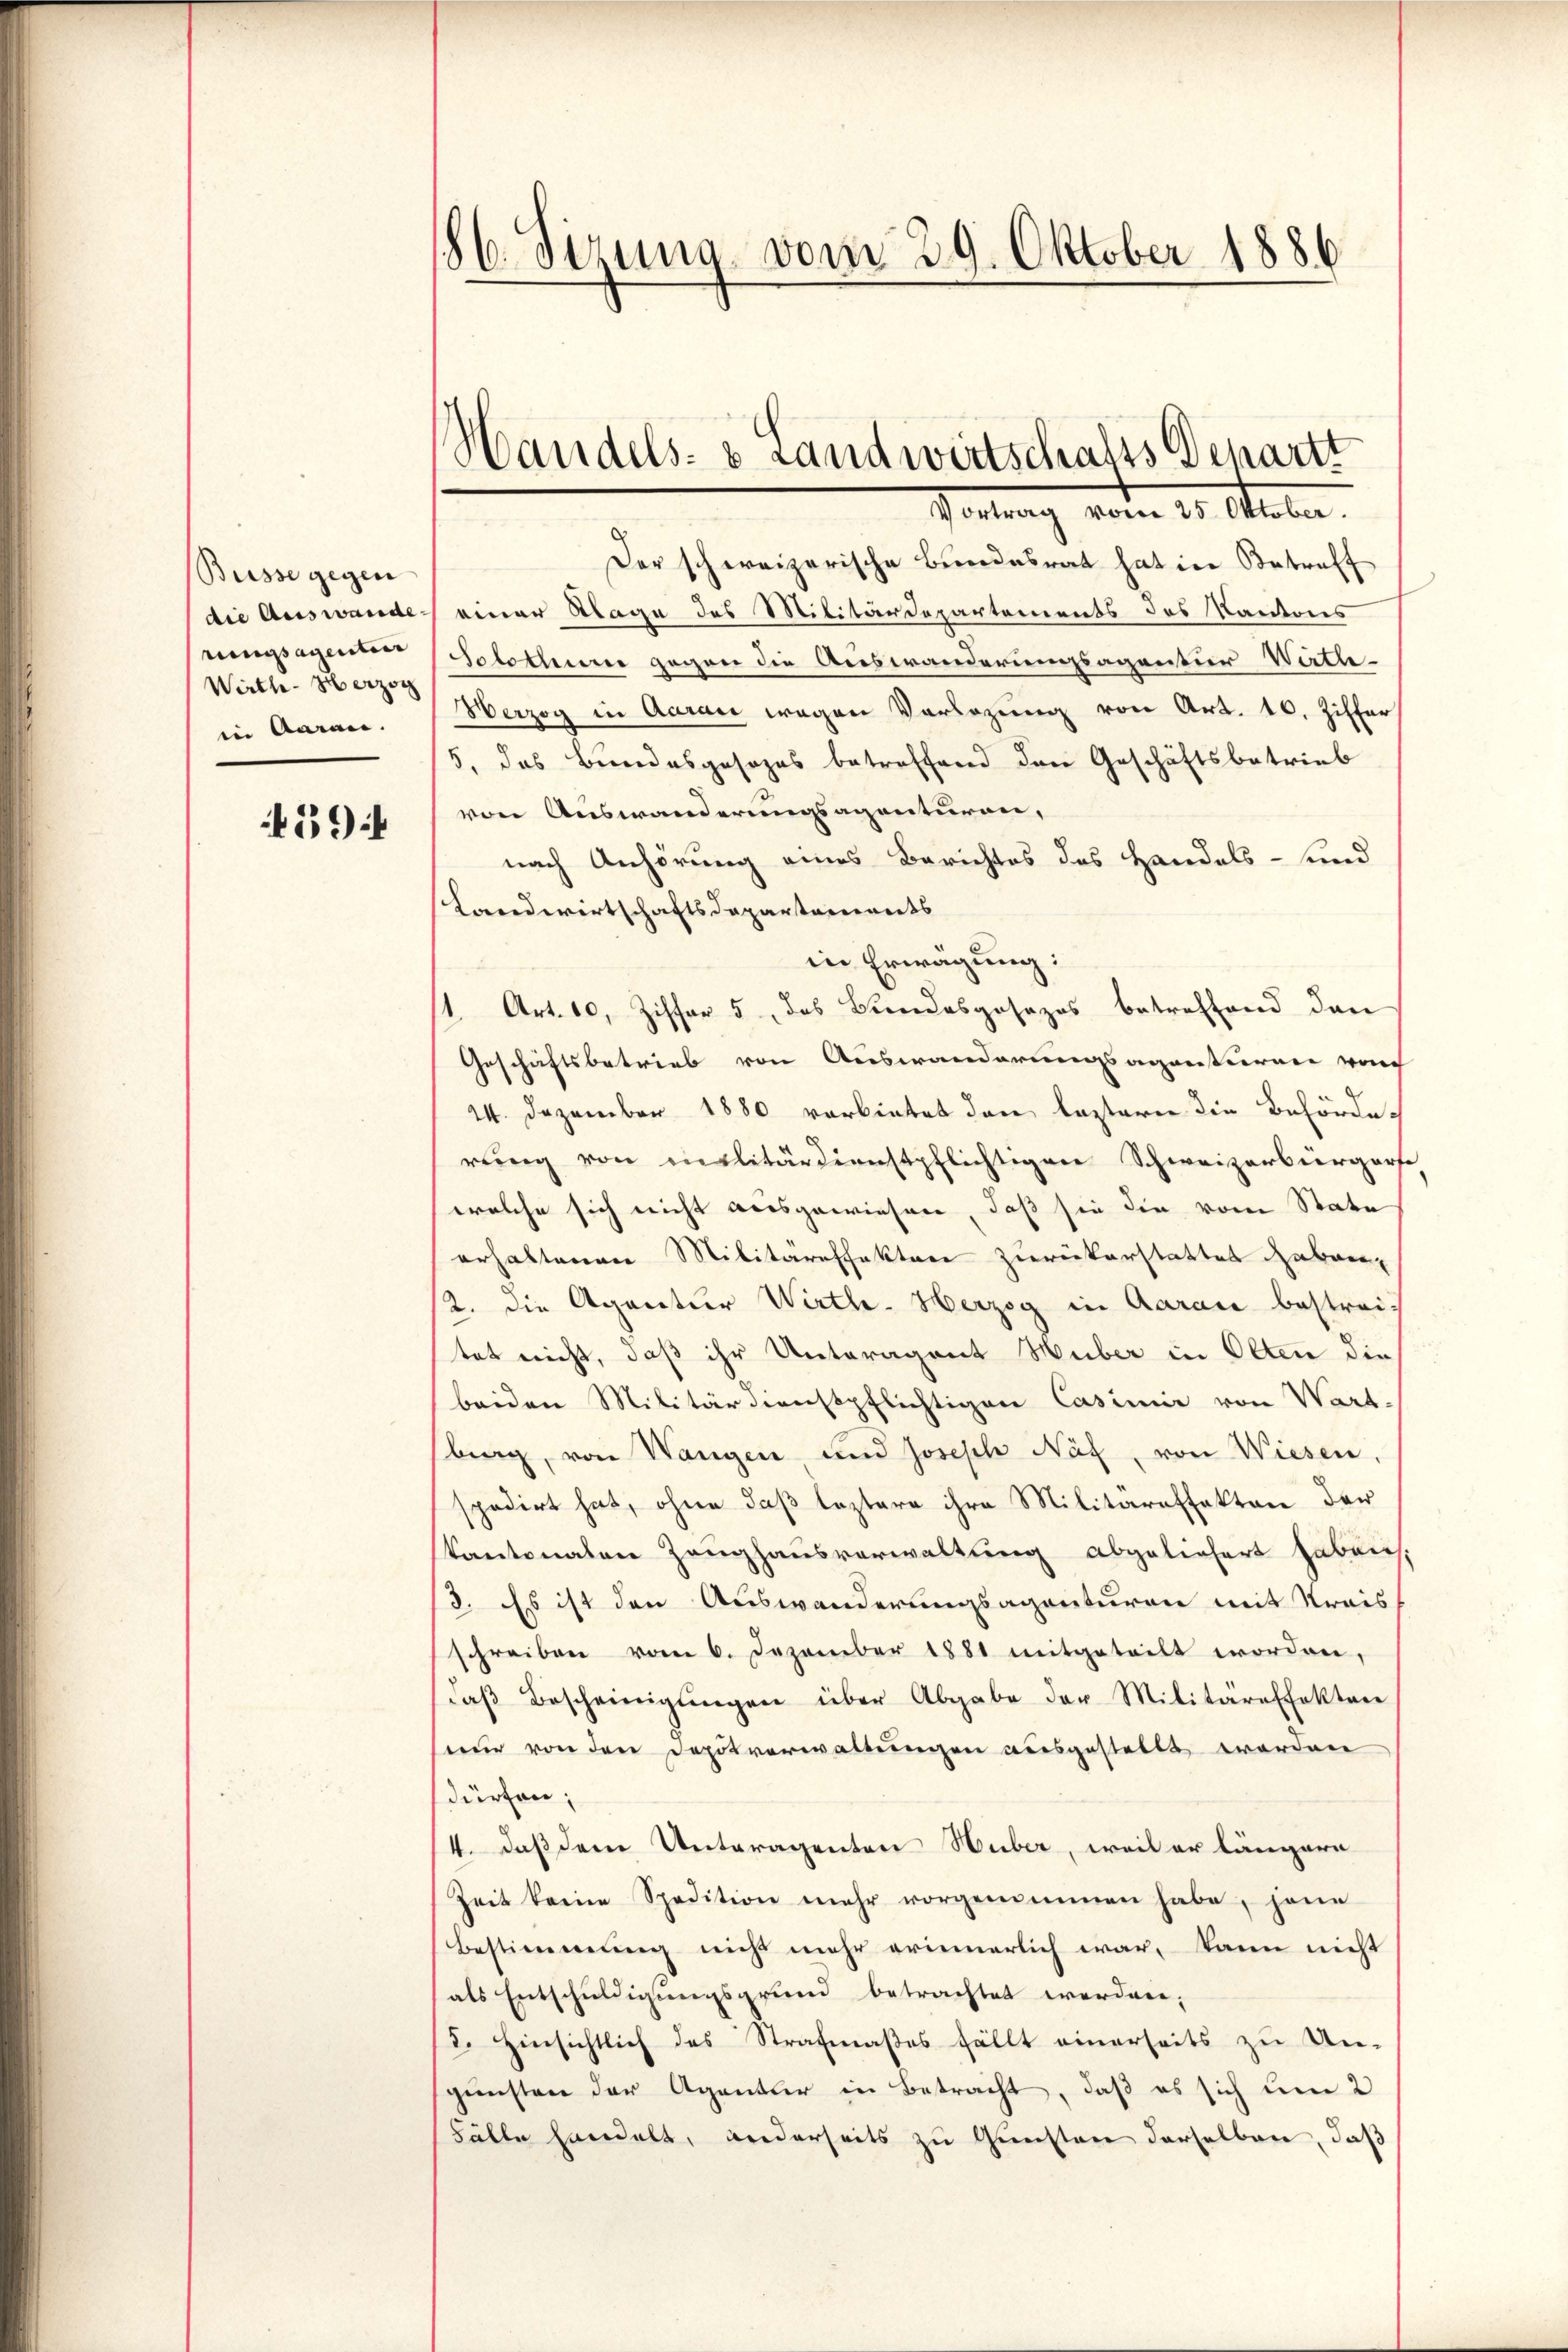
Büsse gegen
die Auswande
nungsagentier
Wirth- Herzog
in Garan.

59f

86. Sirung vom 29. Oktober 1886

Handels- & Landwirtschafts Departt
Verlang vom 20. Statu

Der schweizerische Bundesrat hat in Betreff
einer Klage des Militärdepartements des Kantons
Solothum gegen die Auswanderungsagentur Wirth¬
Werzog in Aarau wegen Vorlegung von Art. 10. Ziffer
5, das Bundesgesezes betreffend den Geschäftsbetrieb
von Auswanderungsagenturen,
nach Anhörung eines Berichtes des Handels- und
Landwirtschaftsdepartements
in Erwägung:
s. Art. 10, Ziffer 5, das Bundesgesezes betreffend den
Geschäftsbetrieb von Auswanderungsagenturen vorh
24. Dezember 1880 verbietet dann leztern die Behörderŭng von militärdienstpflichtigen Schweizerbürgerfe
welche sich nicht ausgewiesen, daß sie die vom State
erhaltenen Militäreffektere zurückerstattet haben
2. die Agentur Wirthe- Herzog in Aarau bestreitet nicht, daß ihr Unteragent Huber in Olten die
beiden Militärdienstpflichtigen Casimir von Wart-
sburg, von Wangen und Joseph Näf, von Wiesen
spedirt hat, ohne daß leztere ihre Militäreffekten der
kantonalen Zeughausverwaltung abgeliefert haben,
2. Es ist den Auswanderungsagenturen mit Krais
schreiben vom 6. Dezember 1881 mitgeteilt worden,
daβ Bescheinigŭngen über Abgabe der Militareffekten
nur von den Depotverwaltungen ausgestellt worden
dürfen;
4. daß dem Unteragenten Huber, weil er längere
Zeit keine Spedition mehr vorgenommen habe, jene
Bestimmung nicht mehr erinnerlich war, kann nicht
als Entschuldigungsgrund betrachtet werden;
2. Einsichtlich des Strafmaßes fällt einerseits zu Un-
gunsten der Aganter in Betracht, daß es sich um 2
Fälle handelt, widerseits zu Gunsten derselben, daß